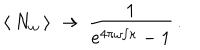
LaTeX: \: \langle \: N _ { \omega } \: \rangle \: \rightarrow \: \frac { 1 } { e ^ { 4 \pi \omega / \kappa } - 1 } \, . \: